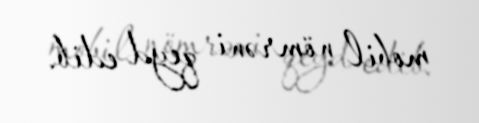
mobil nömrəni qeyd edib.